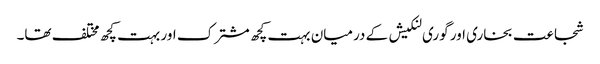
شجاعت بخاری اور گوری لنکیش کے درمیان بہت کچھ مشترک اور بہت کچھ مختلف تھا۔